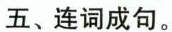
五、连词成句.